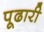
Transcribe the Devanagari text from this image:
पूढारी